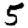
Digit: 5